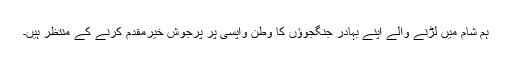
ہم شام میں لڑنے والے اپنے بہادر جنگجوؤں کا وطن واپسی پر پُرجوش خیرمقدم کرنے کے منتظر ہیں۔